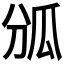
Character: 𤫫